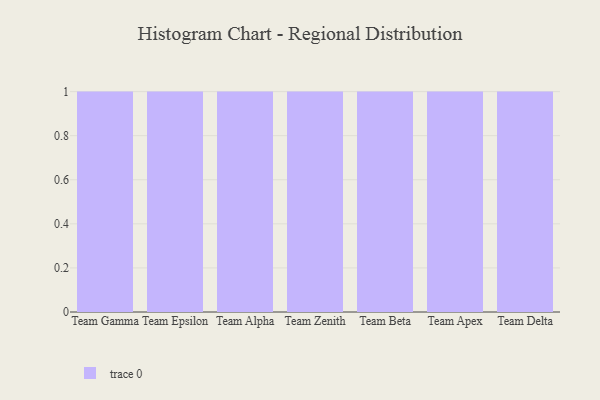
{"axis": {"x": "Team", "y": "Satisfaction Score"}, "legend": [""], "data": [{"x": "Team Gamma", "y": 10, "type": ""}, {"x": "Team Epsilon", "y": 79, "type": ""}, {"x": "Team Alpha", "y": 19, "type": ""}, {"x": "Team Zenith", "y": 14, "type": ""}, {"x": "Team Beta", "y": 74, "type": ""}, {"x": "Team Apex", "y": 92, "type": ""}, {"x": "Team Delta", "y": 47, "type": ""}]}